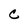
Character: C